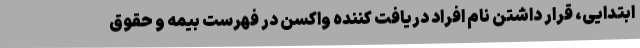
ابتدایی، قرار داشتن نام افراد دریافت کننده واکسن در فهرست بیمه و حقوق